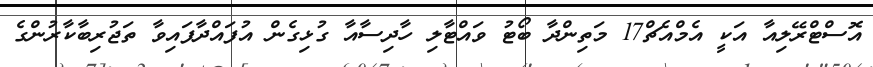
އޮސްޓްރޭލިއާ އަކީ އެމްއެޗް17 މަތިންދާ ބޯޓު ވައްޓާލި ހާދިސާއާ ގުޅިގެން އުފައްދާފައިވާ ތަޖުރިބާކާރުންގެ